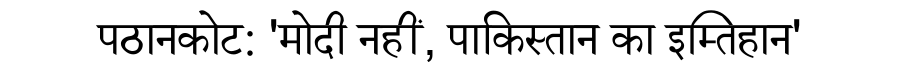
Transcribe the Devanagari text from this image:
पठानकोट: 'मोदी नहीं, पाकिस्तान का इम्तिहान'